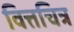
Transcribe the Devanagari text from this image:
वित्तचित्र